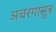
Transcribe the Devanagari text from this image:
अचरंगासुत्र